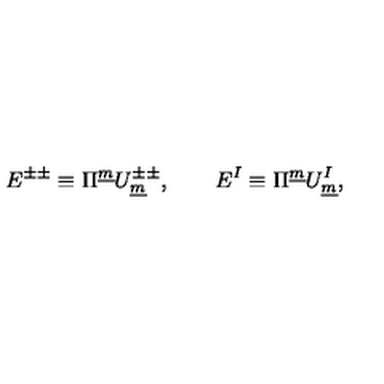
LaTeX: E ^ { \pm \pm } \equiv \Pi ^ { \underline { { m } } } U _ { \underline { { m } } } ^ { \pm \pm } , \qquad E ^ { I } \equiv \Pi ^ { \underline { { m } } } U _ { \underline { { m } } } ^ { I } ,